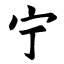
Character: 宁